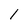
Character: 1